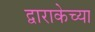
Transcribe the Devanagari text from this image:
द्वाराकेच्या